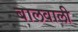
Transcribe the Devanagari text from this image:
बालवाली